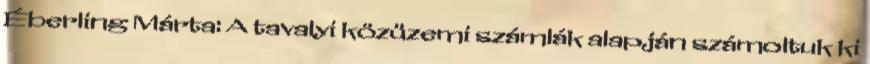
Éberling Márta: A tavalyi közüzemi számlák alapján számoltuk ki